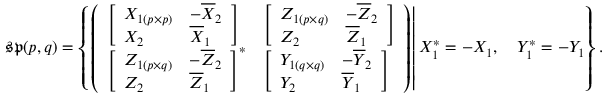
{ \mathfrak { s p } } ( p , q ) = \left\{ \left. { \left( \begin{array} { l l } { { \left[ \begin{array} { l l } { X _ { 1 ( p \times p ) } } & { - { \overline { { X } } } _ { 2 } } \\ { X _ { 2 } } & { { \overline { { X } } } _ { 1 } } \end{array} \right] } } & { { \left[ \begin{array} { l l } { Z _ { 1 ( p \times q ) } } & { - { \overline { { Z } } } _ { 2 } } \\ { Z _ { 2 } } & { { \overline { { Z } } } _ { 1 } } \end{array} \right] } } \\ { { \left[ \begin{array} { l l } { Z _ { 1 ( p \times q ) } } & { - { \overline { { Z } } } _ { 2 } } \\ { Z _ { 2 } } & { { \overline { { Z } } } _ { 1 } } \end{array} \right] } ^ { * } } & { { \left[ \begin{array} { l l } { Y _ { 1 ( q \times q ) } } & { - { \overline { { Y } } } _ { 2 } } \\ { Y _ { 2 } } & { { \overline { { Y } } } _ { 1 } } \end{array} \right] } } \end{array} \right) } \right| X _ { 1 } ^ { * } = - X _ { 1 } , \quad Y _ { 1 } ^ { * } = - Y _ { 1 } \right\} .